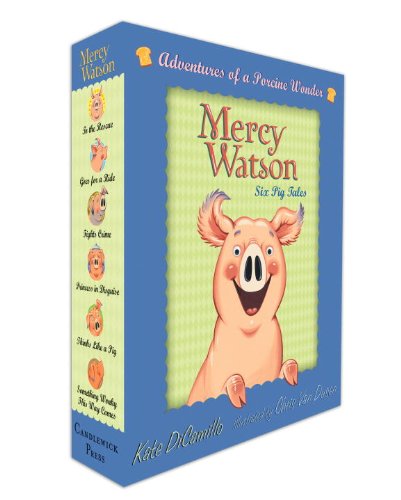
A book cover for Mercy Watson Boxed Set: Adventures of a Porcine Wonder; Kate DiCamillo; Children's Books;